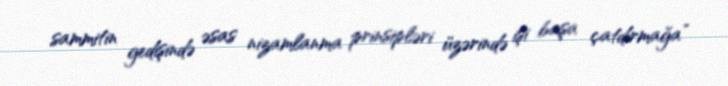
sammitin gedişində əsas nizamlanma prinsipləri üzərində işi başa çatdırmağa”